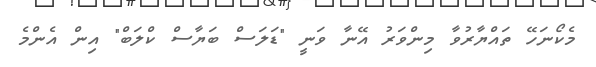
މެކޯނަހޭ ތައްޔާރުވާ މިންވަރު އޭނާ ވަނީ "ޑަލަސް ބަޔާސް ކްލަބް" އިން އެންމެ